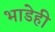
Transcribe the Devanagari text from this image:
भाडेही